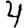
Digit: 4